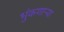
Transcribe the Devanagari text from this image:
भुंकणाऱ्या